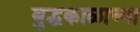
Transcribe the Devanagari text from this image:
बुद्धकाळाच्या